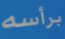
برأسه